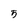
Character: 5